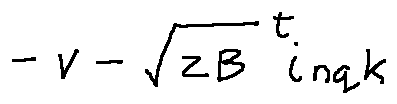
- v - \sqrt { z B } ^ { t } i _ { n q k }